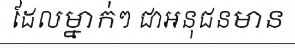
ដែលម្នាក់ៗ ជាអនុជនមាន